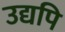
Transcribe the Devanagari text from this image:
उद्यपि